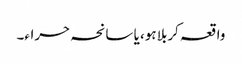
واقعہ کربلا ہو، یا سانحہ حراء۔